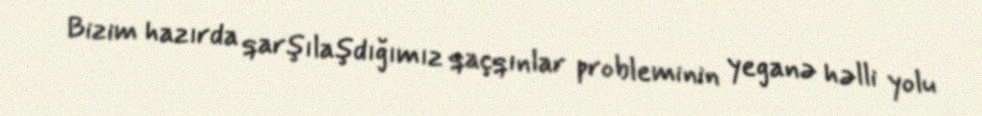
Bizim hazırda qarşılaşdığımız qaçqınlar probleminin yeganə həlli yolu